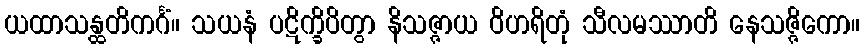
ယထာသန္ထတိကင်္ဂံ။ သယနံ ပဋိက္ခိပိတွာ နိသဇ္ဇာယ ဝိဟရိတုံ သီလမဿာတိ နေသဇ္ဇိကော။